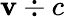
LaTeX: \mathbf{v}\div c